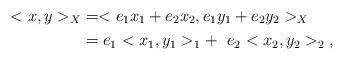
LaTeX: \begin{align*} <x,y>_X&=<e_1x_1+e_2x_2,e_1y_1+e_2y_2>_X\\&= e_1<x_1,y_1>_1+\;\;e_2<x_2,y_2>_2\;,\end{align*}